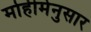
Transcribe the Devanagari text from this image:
मोहीमेनुसार